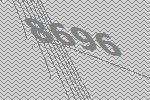
8696